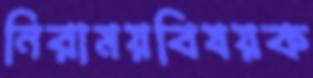
নিরাময়বিষয়ক